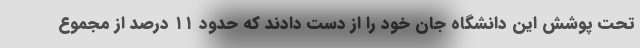
تحت پوشش این دانشگاه جان خود را از دست دادند که حدود ۱۱ درصد از مجموع